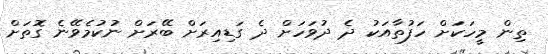
ތިން މީހަކަށް ހަފުތާއަކު ދެ ދުވަހަށް ދެ ގަޑިއިރަށް ބޭރަށް ނުކުމެވޭނެ ގޮތަށް